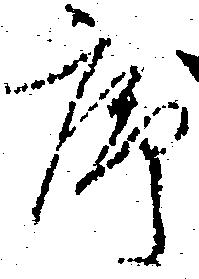
序